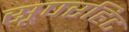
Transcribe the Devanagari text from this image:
सूपरहिट